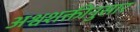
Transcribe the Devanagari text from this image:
अश्वशक्तीनुसार